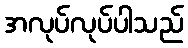
အလုပ်လုပ်ပါသည်